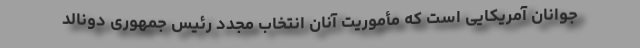
جوانان آمریکایی است که مأموریت آنان انتخاب مجدد رئیس جمهوری دونالد